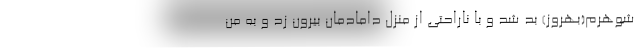
شوهرم(بهروز) بد شد و با ناراحتی از منزل دامادمان بیرون زد و به من